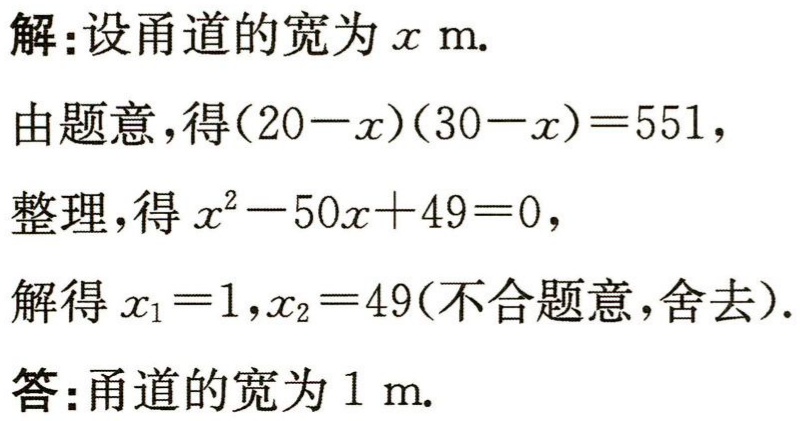
解:设甬道的宽为\(x\ \text{m}.\)
由题意，得\((20 - x)(30 - x)=551\)，
整理，得\(x^{2}-50x + 49 = 0\)，
解得\(x_{1}=1,x_{2}=49\)(不合题意，舍去).
答:甬道的宽为\(1\ \text{m}.\)